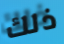
ذلك